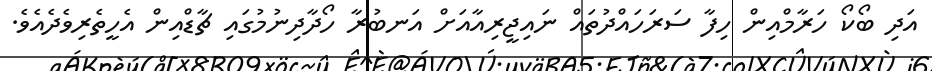
އަދި ބޯކޯ ހަރާމްއިން ހިފާ ސަރަހައްދުތައް ނައިޖީރިއާއަށް އަނބުރާ ހޯދާދިނުމުގައި ޗާޑްއިން އެހީތެރިވެދެއެވެ.